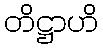
တိဋ္ဌာဟိ